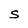
Character: S